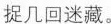
捉几回迷藏。